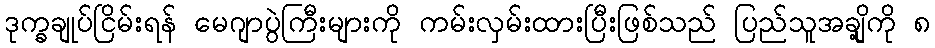
ဒုက္ခချုပ်ငြိမ်းရန် မေဂျာပွဲကြီးများကို ကမ်းလှမ်းထားပြီးဖြစ်သည် ပြည်သူအချို့ကို ၈